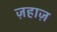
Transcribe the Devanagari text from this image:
ज़हाज़